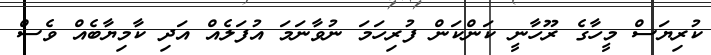
ކުރިޔަސް މީހާގެ ރޫހާނީ ކަންކަން ފުރިހަމަ ނުވާނަމަ އުފަލެއް އަދި ކާމިޔާބެއް ވެސް